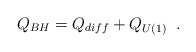
\begin{align*}Q_{BH} = Q_{diff} + Q_{U(1)}\;\; .\end{align*}